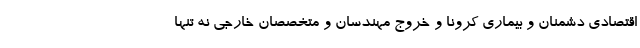
اقتصادی دشمنان و بیماری کرونا و خروج مهندسان و متخصصان خارجی نه تنها